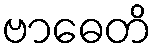
ဗာဓေတိ